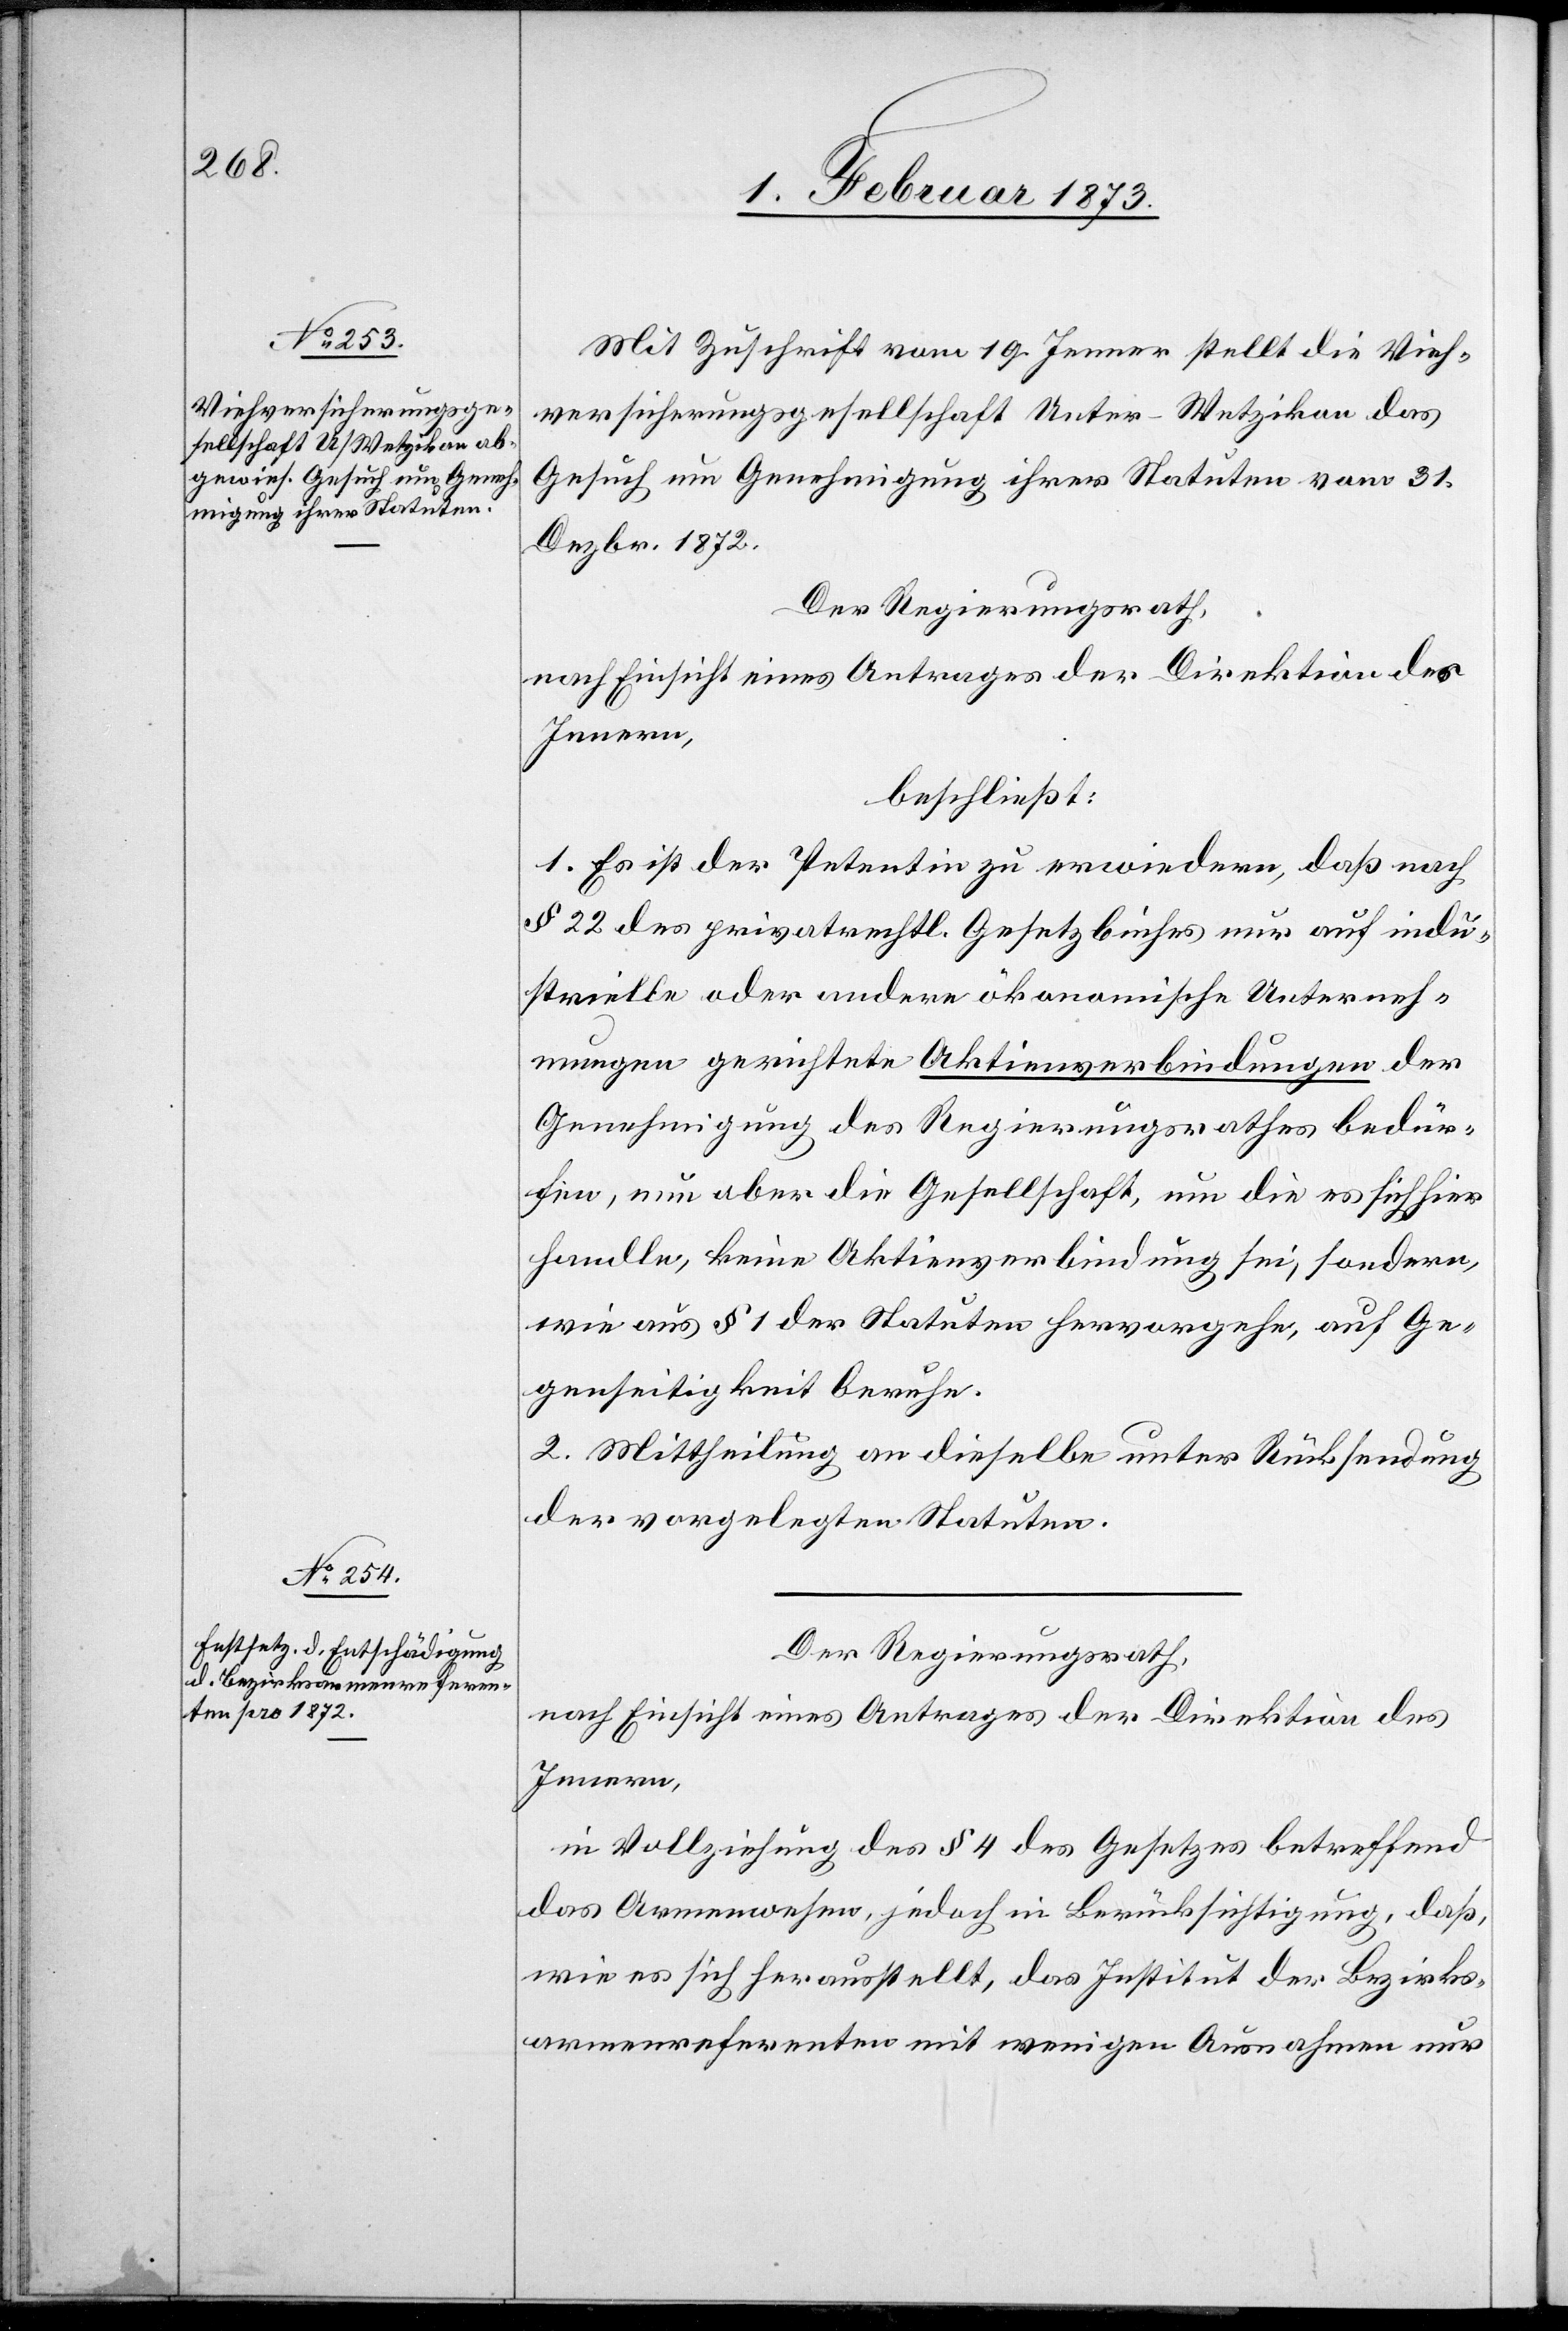
Mit Zuschrift vom 19. Jenner stellt die Vieh¬
versicherungsgesellschaft Unter-Wetzikon das
Gesuch um Genehmigung ihrer Statuten vom 31.
Dezbr. 1872.
Der Regierungsrath,
nach Einsicht eines Antrages der Direktion des
Innern,
beschließt:
1. Es ist der Petentin zu erwiedern, daß nach
§ 22 des privatrechtl. Gesetzbuches nur auf indu¬
strielle oder andere ökonomische Unterneh¬
mungen gerichtete Aktienverbindungen der
Genehmigung des Regierungsrathes bedür¬
fen, nun aber die Gesellschaft, um die es sich hier
handle, keine Aktienverbindung sei, sondern,
wie aus § 1 der Statuen hervorgehe, auf Ge¬
genseitigkeit beruhe.
2. Mittheilung an dieselbe unter Rücksendung
der vorgelegten Statuten.
Der Regierungsrath,
nach Einsicht eines Antrages der Direktion des
Innern,
in Vollziehung des § 4 des Gesetzes betreffend
das Armenwesen, jedoch in Berücksichtigung, daß,
wie es sich herausstellt, das Institut der Bezirks¬
armenreferenten mit wenigen Ausnahmen nur